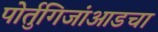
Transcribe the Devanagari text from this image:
पोर्तुगिजांआडचा